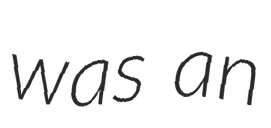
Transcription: was an